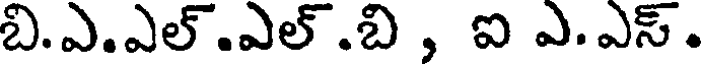
బి.ఎ.ఎల్.ఎల్.బి , ఐ ఎ.ఎస్.